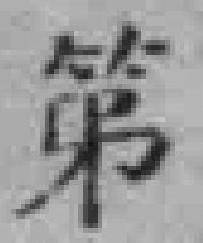
第